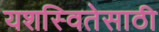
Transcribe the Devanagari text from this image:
यशस्वितेसाठी